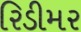
રિડીમર